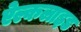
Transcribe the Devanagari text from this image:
ऐल्कलाइड